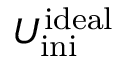
U _ { \mathrm { i n i } } ^ { \mathrm { i d e a l } }